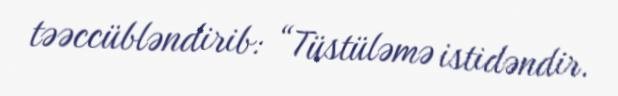
təəccübləndirib: “Tüstüləmə istidəndir.